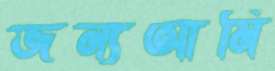
জন্যআমি